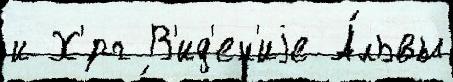
и Х'́рг В'ид'ен'иjе А́львы